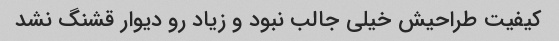
کیفیت طراحیش خیلی جالب نبود و زیاد رو دیوار قشنگ نشد